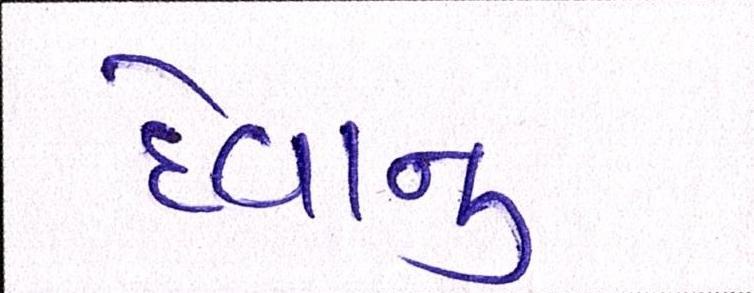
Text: દેવાનું